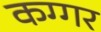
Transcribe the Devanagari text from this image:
कग्गर